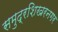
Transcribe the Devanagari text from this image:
समुद्रशिखरनगर